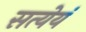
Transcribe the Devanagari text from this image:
सत्येयं